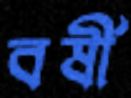
বর্ষী